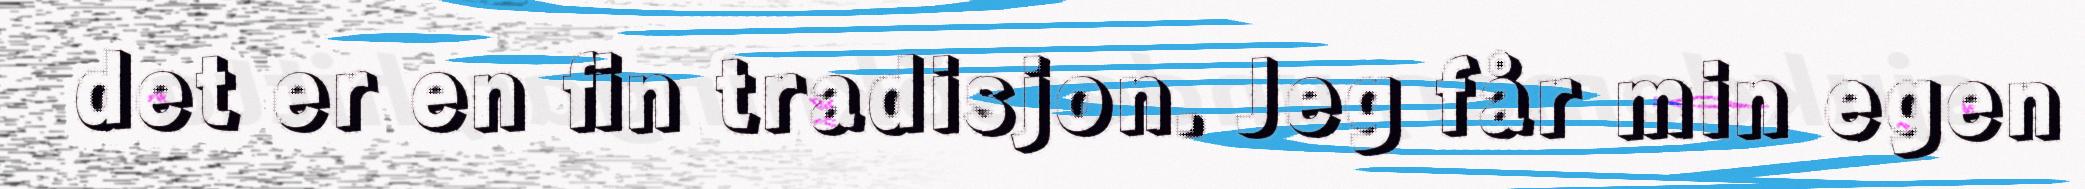
det er en fin tradisjon. Jeg får min egen